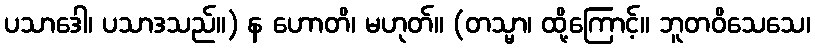
ပသာဒေါ၊ ပသာဒသည်။) န ဟောတိ၊ မဟုတ်။ (တသ္မာ၊ ထို့ကြောင့်။ ဘူတဝိသေသေ၊